画像に写った文字を読んでください
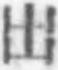
「出」と書いてあります